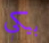
بيكي